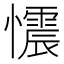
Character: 𢤟